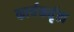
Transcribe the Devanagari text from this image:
कार्यकर्तृत्व